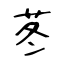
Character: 苳